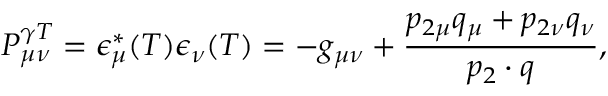
P _ { \mu \nu } ^ { \gamma T } = \epsilon _ { \mu } ^ { * } ( T ) \epsilon _ { \nu } ( T ) = - g _ { \mu \nu } + \frac { p _ { 2 \mu } q _ { \mu } + p _ { 2 \nu } q _ { \nu } } { p _ { 2 } \cdot q } ,